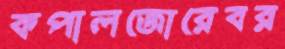
কপালজোরেবর